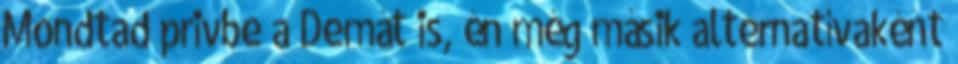
Mondtad privbe a Demát is, én még másik alternatívaként